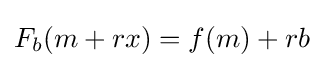
F_{b}(m+rx)=f(m)+rb